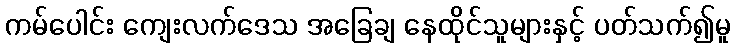
ကမ်ပေါင်း ကျေးလက်ဒေသ အခြေချ နေထိုင်သူများနှင့် ပတ်သက်၍မူ